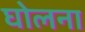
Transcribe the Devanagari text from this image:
घोलना